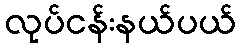
လုပ်ငန်းနယ်ပယ်